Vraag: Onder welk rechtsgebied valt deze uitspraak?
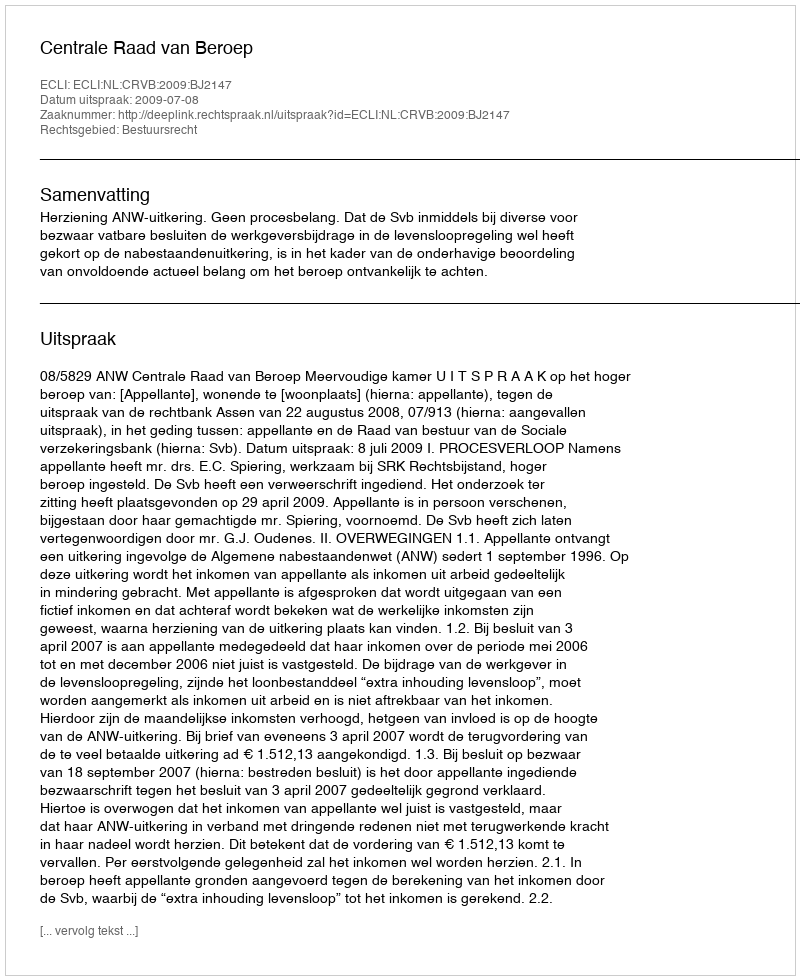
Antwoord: Bestuursrecht